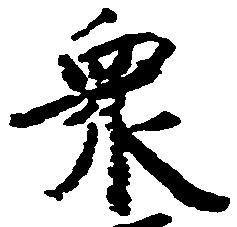
衆